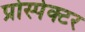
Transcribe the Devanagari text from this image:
प्रोस्पेक्टर